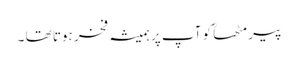
پیر مٹھاؒ کو آپ پر ہمیشہ فخر ہوتا تھا ۔